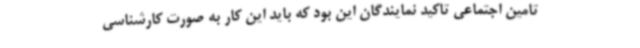
تامین اجتماعی تاکید نمایندگان این بود که باید این کار به صورت کارشناسی